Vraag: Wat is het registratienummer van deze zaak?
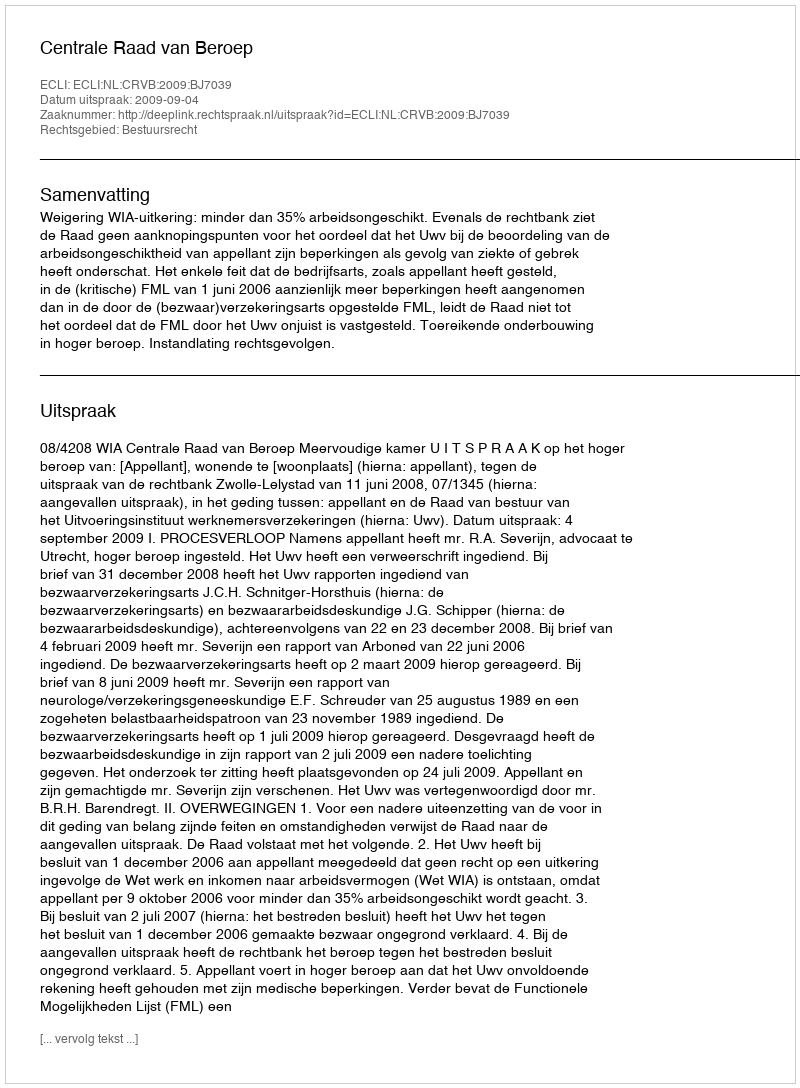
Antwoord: http://deeplink.rechtspraak.nl/uitspraak?id=ECLI:NL:CRVB:2009:BJ7039